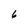
Character: 6